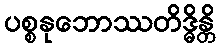
ပစ္စနုဘောဿတိဒ္ဓိန္တိ